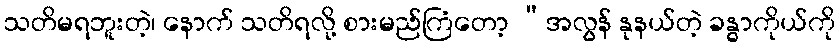
သတိမရဘူးတဲ့၊ နောက် သတိရလို့ စားမည်ကြံတော့ “အလွန် နုနယ်တဲ့ ခန္ဓာကိုယ်ကို